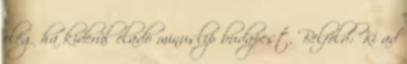
elég ha kiderül eladó minuslip budapest. Belföld: Ki ad